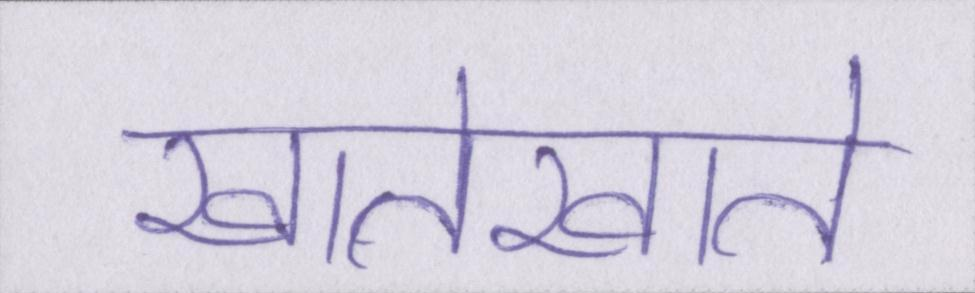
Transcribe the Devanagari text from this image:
खातेखाते